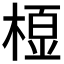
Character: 𭫓